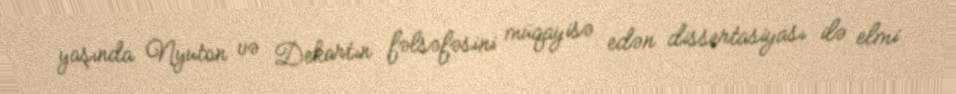
yaşında Nyuton və Dekartın fəlsəfəsini müqayisə edən dissertasiyası ilə elmi